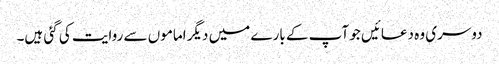
دوسری وہ دعائیں جو آپ کے بارے میں دیگر اماموں سے روایت کی گئی ہیں۔